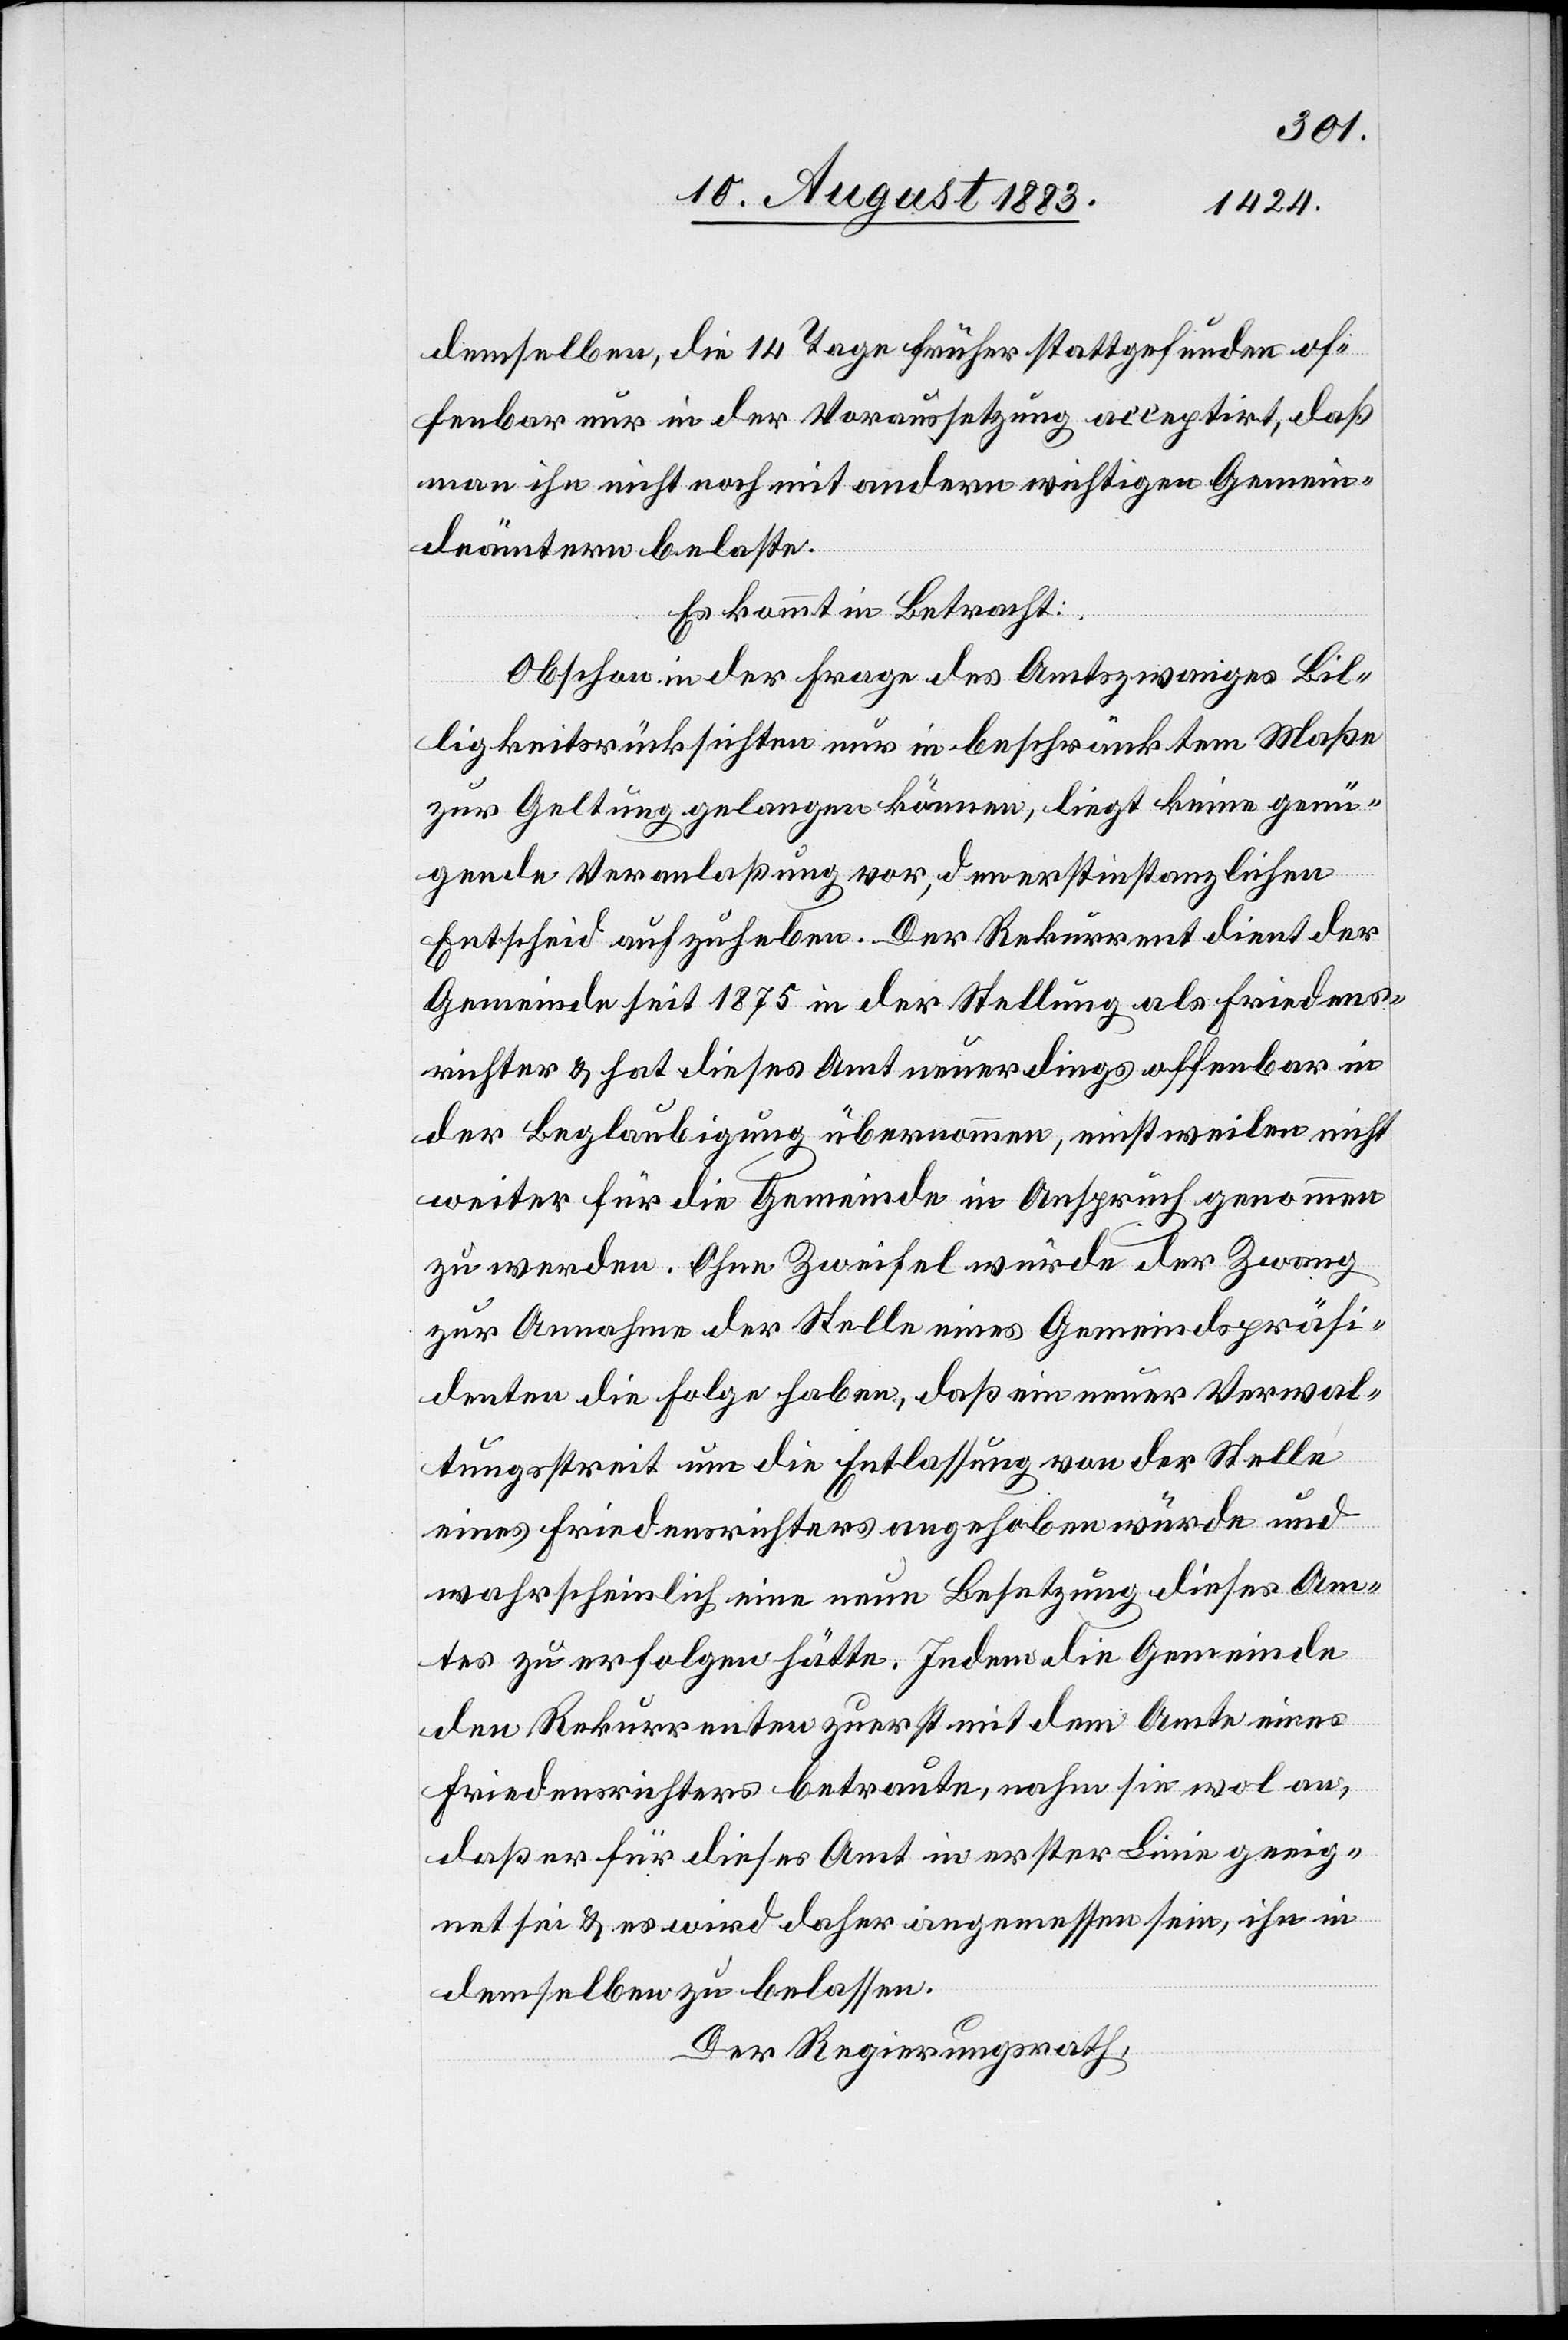
demselben, die 14 Tage früher stattgefunden of¬
fenbar nur in der Voraussetzung acceptirt, daß
man ihn nicht noch mit andern wichtigen Gemein¬
deämtern belaste.
Es kommt in Betracht:
Obschon in der Frage des Amtszwanges Bil¬
ligkeitsrücksichten nur in beschränktem Maße
zur Geltung gelangen können, liegt keine genü¬
gende Veranlaßung vor, den erstinstanzlichen
Entscheid aufzuheben. Der Rekurrent dient der
Gemeinde seit 1875 in der Stellung als Friedens¬
richter & hat dieses Amt neuerdings offenbar in
der Beglaubigung übernommen, einstweilen nicht
weiter für die Gemeinde in Anspruch genommen
zu werden. Ohne Zweifel würde der Zwang
zur Annahme der Stelle eines Gemeindspräsi¬
denten die Folge haben, daß ein neuer Verwal¬
tungsstreit um die Entlassung von der Stelle
eines Friedensrichters angehoben wurden und
wahrscheinlich eine neue Besetzung dieses Am¬
tes zur Folge hätte. Indem die Gemeinde
den Rekurrenten zuerst mit dem Amte eines
Friedensrichters betraute, nahm sie wol an,
daß er für dieses Amt in erster Linie geeig¬
net sei & es wird daher angemessen sein, ihn in
demselben zu belassen.
Der Regierungsrath,